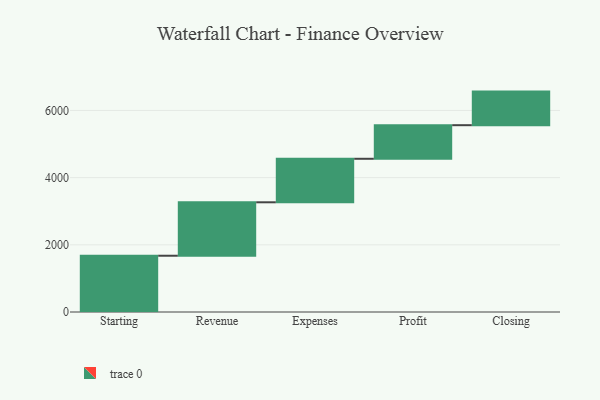
{"axis": {"x": "Step", "y": "Value"}, "legend": [""], "data": [{"x": "Starting", "y": 1675.0, "type": ""}, {"x": "Revenue", "y": 1591.0, "type": ""}, {"x": "Expenses", "y": 1295.0, "type": ""}, {"x": "Profit", "y": 1000, "type": ""}, {"x": "Closing", "y": 1000, "type": ""}]}